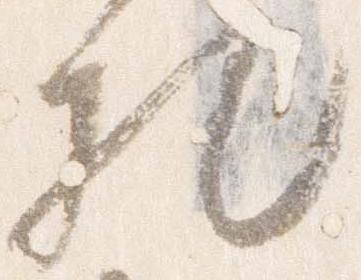
札